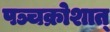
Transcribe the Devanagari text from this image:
पञ्चक्रोशात्